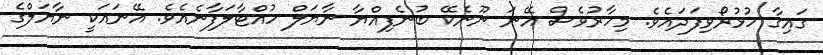
ގައިގާ ހުޅުރޯވިފަދައެވެ. މިހާރުވެސް އޭނަ ނޫނެކޭ ބުނެފިއްޔާ ނާޔަލް ހުއްޓާލަފާނެއެވެ. އޭނައަކީ ނާޔަލްގެ